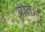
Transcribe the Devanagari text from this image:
प्रातः।